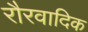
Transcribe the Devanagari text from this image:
रौरवादिक